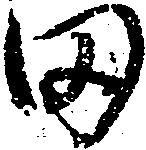
田